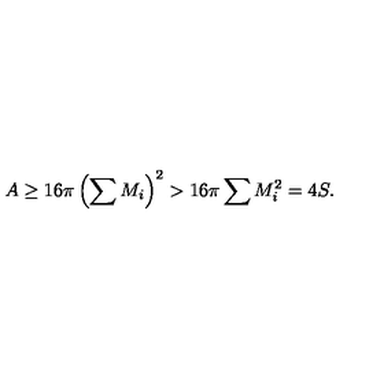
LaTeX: A \geq 1 6 \pi \left( \sum M _ { i } \right) ^ { 2 } > 1 6 \pi \sum M _ { i } ^ { 2 } = 4 S .